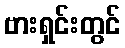
ဗားရှင်းတွင်